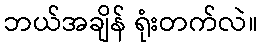
ဘယ်အချိန် ရုံးတက်လဲ။